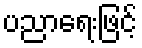
ပညာရေးဖြင့်